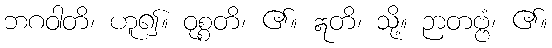
ဘဂဝါတိ၊ ဟူ၍။ ဝုစ္စတိ၊ ၏။ ဣတိ၊ သို့။ ဉာတဗ္ဗံ၊ ၏။